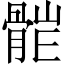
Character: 𩩆